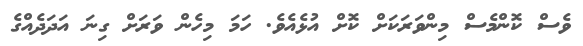
ވެސް ކޮންމެސް މިންވަރަކަށް ކޮށް އުޅެއެވެ. ހަމަ މިހެން ވަރަށް ގިނަ އަދަދެއްގެ